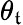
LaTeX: \theta_{\mathfrak{t}}